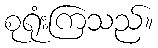
စုရုံးကြသည်။